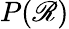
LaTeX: P(\mathscr{R})